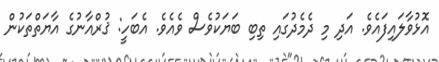
އޮޅުވާލައިފައެވެ. އަދި މި ދެމެދުގައި ތިބި ބަޔަކުވެސް ވެއެވެ. އެބަހީ: ޤުރްއާނުގެ އާޔަތްތަކުން